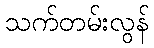
သက်တမ်းလွန်